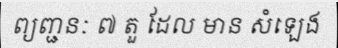
ព្យញ្ជនៈ ៧ តួ ដែល មាន សំឡេង